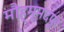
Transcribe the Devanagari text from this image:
मौह्म्मदपुर